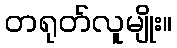
တရုတ်လူမျိုး။